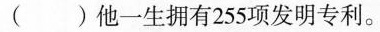
() 他一生拥有255项发明专利。